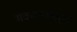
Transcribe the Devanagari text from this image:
मकरसंक्रांती